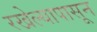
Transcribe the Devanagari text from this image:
रखेल्यापासून